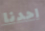
احدنا